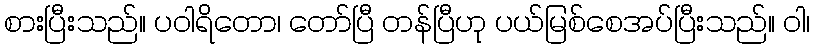
စားပြီးသည်။ ပဝါရိတော၊ တော်ပြီ တန်ပြီဟု ပယ်မြစ်စေအပ်ပြီးသည်။ ဝါ၊